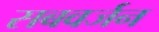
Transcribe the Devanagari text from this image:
सबवर्जन